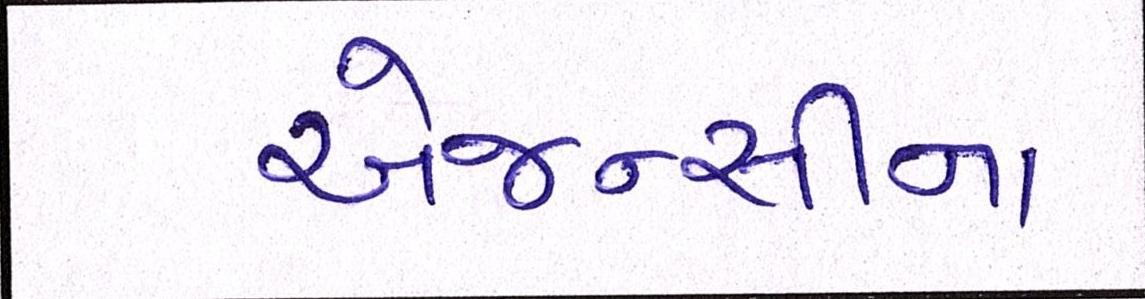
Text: એજન્સીના